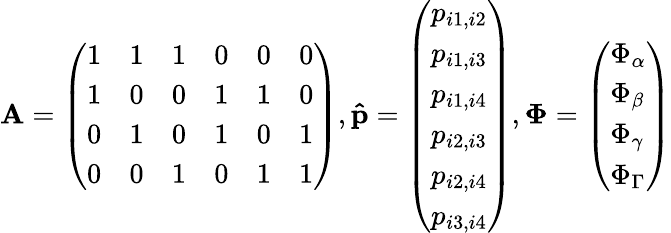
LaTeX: \mathbf{A}=\left(\begin{array}{llllll}{1}&{1}&{1}&{0}&{0}&{0}\\ {1}&{0}&{0}&{1}&{1}&{0}\\ {0}&{1}&{0}&{1}&{0}&{1}\\ {0}&{0}&{1}&{0}&{1}&{1}\end{array}\right),\mathbf{\hat{p}}=\left(\begin{array}{l}{p_{i1,i2}}\\ {p_{i1,i3}}\\ {p_{i1,i4}}\\ {p_{i2,i3}}\\ {p_{i2,i4}}\\ {p_{i3,i4}}\end{array}\right),\mathbf{\Phi}=\left(\begin{array}{l}{\Phi_{\alpha}}\\ {\Phi_{\beta}}\\ {\Phi_{\gamma}}\\ {\Phi_{\Gamma}}\end{array}\right)